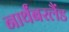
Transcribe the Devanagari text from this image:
नार्थंबरलैंड